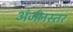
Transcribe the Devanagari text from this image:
अंर्जनस्तर